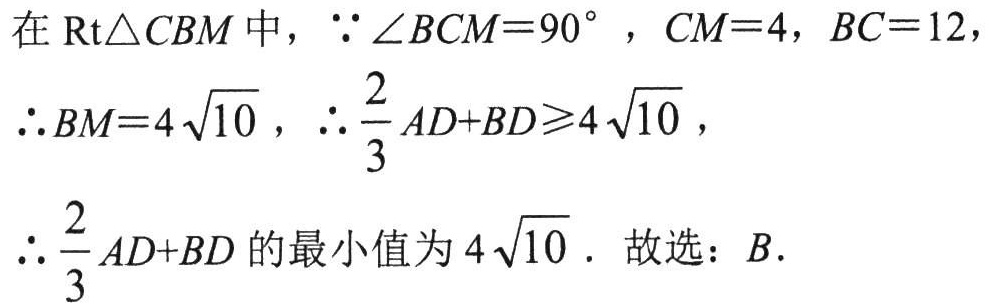
在$\text{Rt}\triangle CBM$中，$\because \angle BCM = 90^{\circ}$，$CM = 4$，$BC = 12$，
$\therefore BM = 4\sqrt{10}$，$\therefore \dfrac{2}{3}AD + BD\geqslant4\sqrt{10}$，
$\therefore \dfrac{2}{3}AD + BD$的最小值为$4\sqrt{10}$. 故选：$B$.